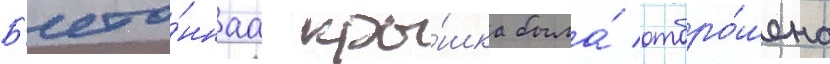
Б'ето́ннаа кры́шка была́ отбро́шена